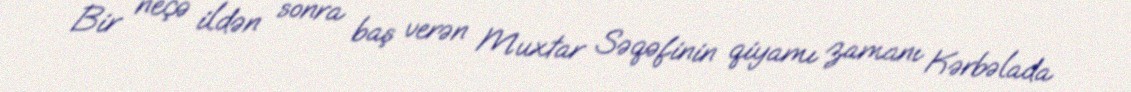
Bir neçə ildən sonra baş verən Muxtar Səqəfinin qiyamı zamanı Kərbəlada